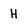
Character: H